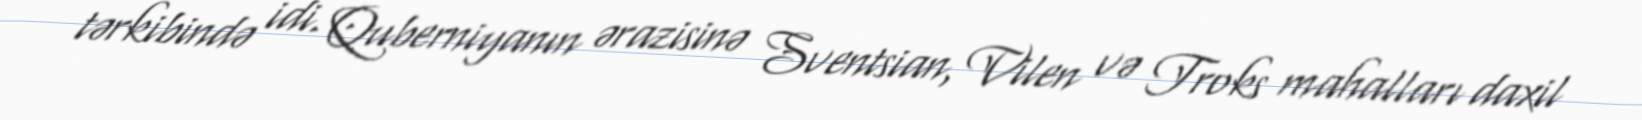
tərkibində idi. Quberniyanın ərazisinə Sventsian, Vilen və Troks mahalları daxil